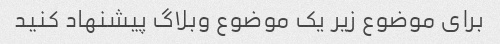
برای موضوع زیر یک موضوع وبلاگ پیشنهاد کنید